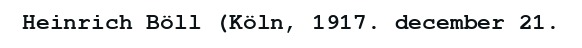
Heinrich Böll (Köln, 1917. december 21.